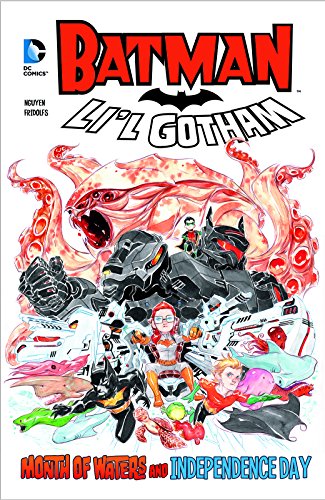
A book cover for Month of Waters and Independence Day (Batman: Li'l Gotham); Children's Books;